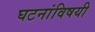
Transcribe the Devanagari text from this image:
घटनांविषयी